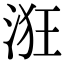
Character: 𣴥